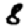
Digit: 8